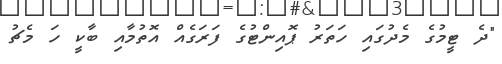
"ދެ ޓީމުގެ މެދުގައި ހަތަރު ޕޮއިންޓުގެ ފަރަގެއް އޮތުމާއި ބާކީ ހަ މެޗު